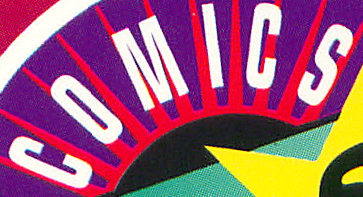
COMICS